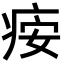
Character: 𬏪